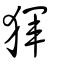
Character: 𤟤